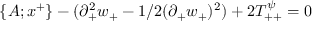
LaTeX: \{ A ; x ^ { + } \} - ( \partial _ { + } ^ { 2 } w _ { + } - 1 / 2 ( \partial _ { + } w _ { + } ) ^ { 2 } ) + 2 T _ { + + } ^ { \psi } = 0